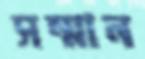
সন্মান